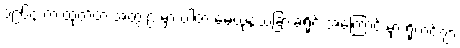
၁၉၆၄ က ထုတ်တဲ့ အတွဲ ၉ မှာ ပါတဲ့ မေယုနယ်ခြားခရိုင် အကြောင်းမှာ ရိုဟင်ဂျာ